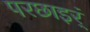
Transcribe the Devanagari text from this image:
परछाइर्ं